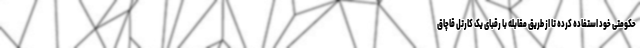
حکومتی خود استفاده کرده تا از طریق مقابله با رقبای یک کارتل قاچاق